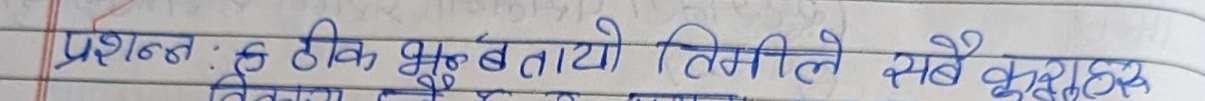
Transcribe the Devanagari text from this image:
प्रश्नः ६ ठीक भूर्ण बतायौ तिमीले सबै वृक्ष